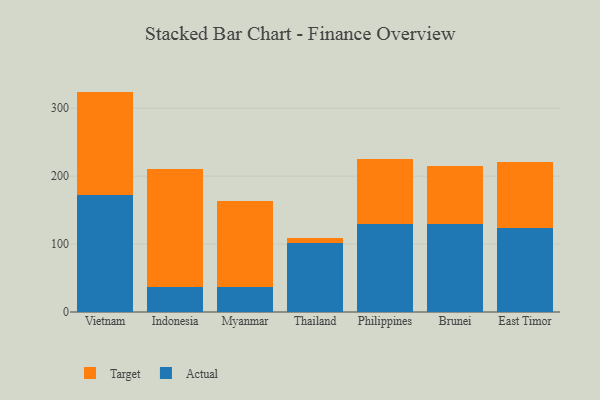
{"axis": {"x": "Country", "y": "LTV (USD)"}, "legend": ["Actual", "Target"], "data": [{"x": "Vietnam", "y": 171.9, "type": "Actual"}, {"x": "Vietnam", "y": 152.6, "type": "Target"}, {"x": "Indonesia", "y": 36.2, "type": "Actual"}, {"x": "Indonesia", "y": 174.4, "type": "Target"}, {"x": "Myanmar", "y": 37.2, "type": "Actual"}, {"x": "Myanmar", "y": 126.7, "type": "Target"}, {"x": "Thailand", "y": 102.0, "type": "Actual"}, {"x": "Thailand", "y": 7.4, "type": "Target"}, {"x": "Philippines", "y": 129.7, "type": "Actual"}, {"x": "Philippines", "y": 95.1, "type": "Target"}, {"x": "Brunei", "y": 129.9, "type": "Actual"}, {"x": "Brunei", "y": 85.7, "type": "Target"}, {"x": "East Timor", "y": 123.8, "type": "Actual"}, {"x": "East Timor", "y": 97.6, "type": "Target"}]}